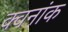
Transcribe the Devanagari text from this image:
क्वनांक